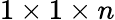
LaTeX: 1\times 1\times n